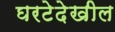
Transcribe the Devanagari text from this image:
घरटेदेखील